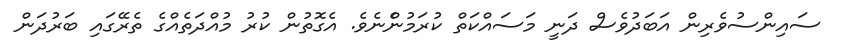
ސައިންސުވެރިން އަބަދުވެސް ދަނީ މަސައްކަތް ކުރަމުންެނެވެ. އެގޮތުން ކުރު މުއްދަތެއްގެ ތެރޭގައި ބަރުދަން